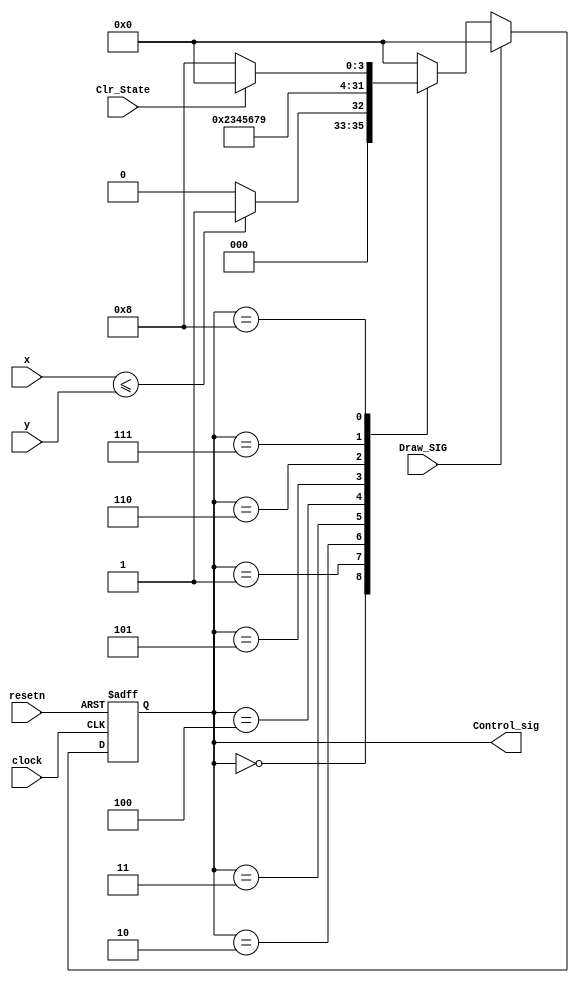
module FSM2 (
    input clock,
    input resetn,
    input Draw_SIG,
    input [7:0] x,
    input [6:0] y,
    input Clr_State,
    output[3:0] Control_sig
);

reg[3:0] n_state;
reg[3:0] p_state;

assign Control_sig=p_state;

always@(*)
begin
case(p_state)
0:begin if (x<=y) n_state=1; else n_state=0; end
1:begin n_state=2; end
2:begin n_state=3; end
3:begin n_state=4; end
4:begin n_state=5; end
5:begin n_state=6; end
6:begin n_state=7; end
7:begin n_state=9; end
8:begin if(Clr_State) n_state=0; else n_state=8; end
9: begin n_state=0; end
default: begin n_state=0; end
endcase
end

always@(posedge clock, negedge resetn)
begin
if(~resetn)
begin
p_state<=8;
end
else if(Draw_SIG)
p_state<=0;
else
p_state<=n_state;
end

endmodule